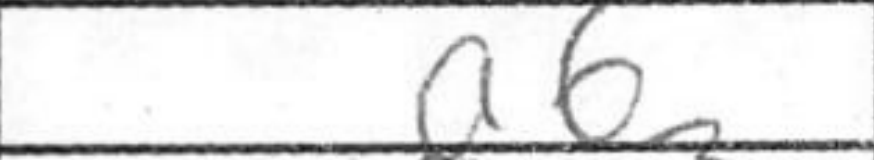
Transcription: a6